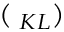
{ \bf \Xi } ( { \bf \Lambda } _ { K L } )